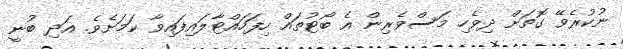
ނުކުރެވޭ ގޮތަށް ދިވެހި މަސްވެރިން އެ ބޯޓުތައް ހިފަހައްޓާލައިފައިވާ ކަމަށެވެ. އަދި ބުނީ